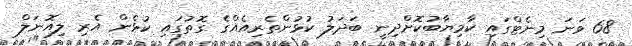
68 ވަނަ މިނެޓްގައި ކާމިޔާބުކޮށްދިނީ ބަދަލު ކުޅުންތެރިއެއްގެ ގޮތުގައި ކުޅެން އެރި ލިއޮނަލް